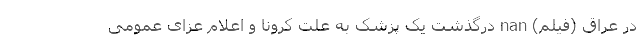
در عراق (فیلم) nan درگذشت یک پزشک به علت کرونا و اعلام عزای عمومی